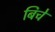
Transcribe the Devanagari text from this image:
बिचे